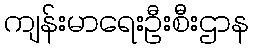
ကျန်းမာရေးဦးစီးဌာန